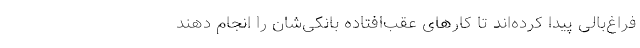
فراغ‌بالی پیدا کرده‌اند تا کارهای عقب‌افتاده بانکی‌شان را انجام دهند